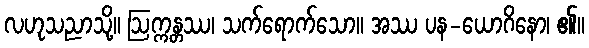
လဟုသညာသို့။ ဩက္ကန္တဿ၊ သက်ရောက်သော။ အဿ ပန-ယောဂိနော၊ ၏။